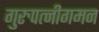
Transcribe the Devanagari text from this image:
गुरुपत्नीगमन